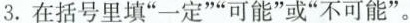
3. 在括号里填“一定”“可能”或”不可能”。